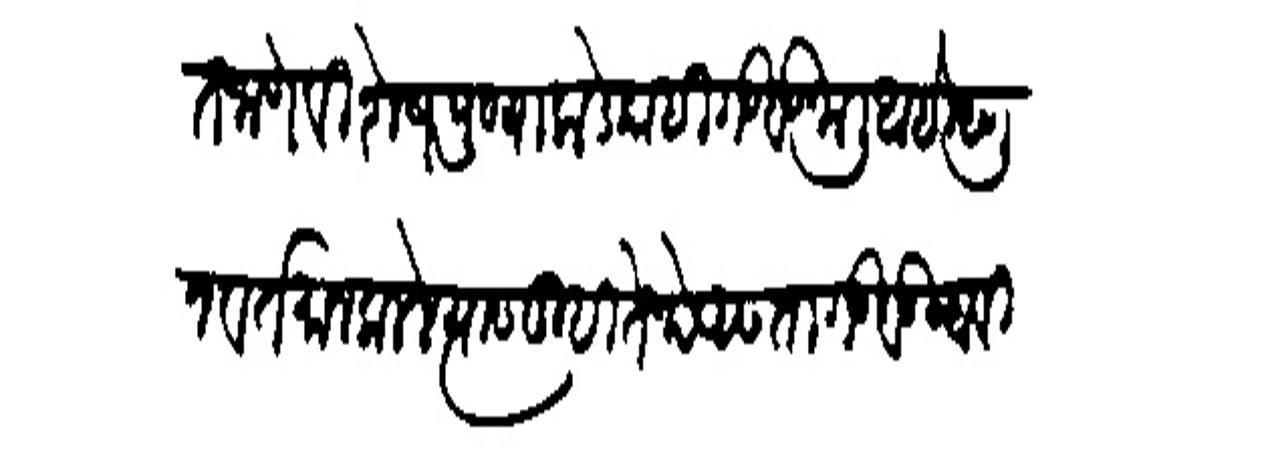
Transliteration (Devanagari): लिहित जाणे विशेष पुण्याकडे काही गडबड जाली आहे म्हणून वर्तमान कलले त्यास तुम्ही तेथे असता गडबड वाहवी